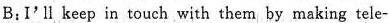
B： I'Ⅱkeep in touch with them by making tele-